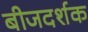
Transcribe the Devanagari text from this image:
बीजदर्शक